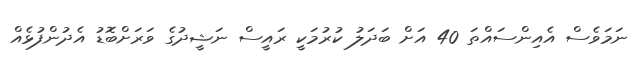
ނަމަވެސް އެއިންސައްތަ 40 އަށް ބަދަލު ކުރުމަކީ ރައީސް ނަޝީދުގެ ވަރަށްބޮޑު އެދުންފުޅެއް